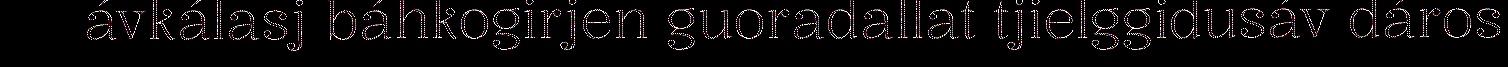
ávkálasj báhkogirjen guoradallat tjielggidusáv dáros